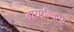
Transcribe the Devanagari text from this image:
ब्रायरक्लिफ